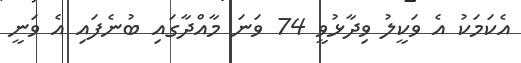
އެކަމަކު އެ ވަކީލު ވިދާޅުވީ 74 ވަނަ މާއްދާގައި ބުނެފައި އެ ވަނީ